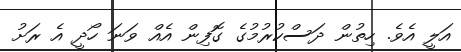
އަލީ އެވެ. ހިތުން ދަސްކުރުމުގެ ގޮފިން އެއް ވަނަ ހޯދީ އެ ރަށު